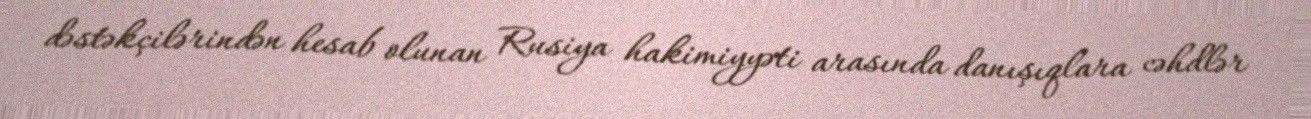
dəstəkçilərindən hesab olunan Rusiya hakimiyyəti arasında danışıqlara cəhdlər